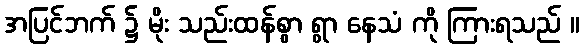
အပြင်ဘက် ၌ မိုး သည်းထန်စွာ ရွာ နေသံ ကို ကြားရသည် ။